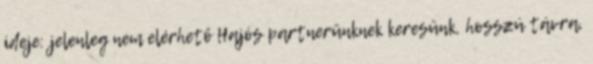
ideje: jelenleg nem elérhető Hajós partnerünknek keresünk, hosszú távra,